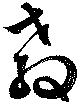
教